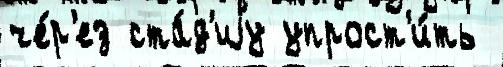
че́р'ез ста́д'иjу упрост'и́ть